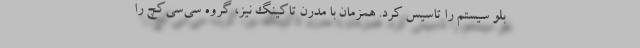
بلو سیستم را تاسیس کرد. همزمان با مدرن تاکینگ نیز، گروه سی‌سی‌کچ را